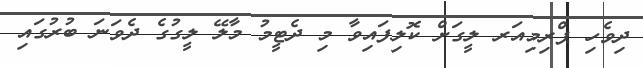
ދިވެހި ޕްރިމިއަރ ލީގަށް ކޮލިފައިވާ މި ދެޓީމު މާލޭ ލީގުގެ ދެވަނަ ބުރުގައި